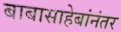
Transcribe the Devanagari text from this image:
बाबासाहेबांनंतर